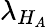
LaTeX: \lambda_{H_{A}}